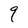
Character: q